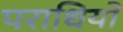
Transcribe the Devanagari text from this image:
पराधियों